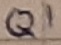
Text: Q1